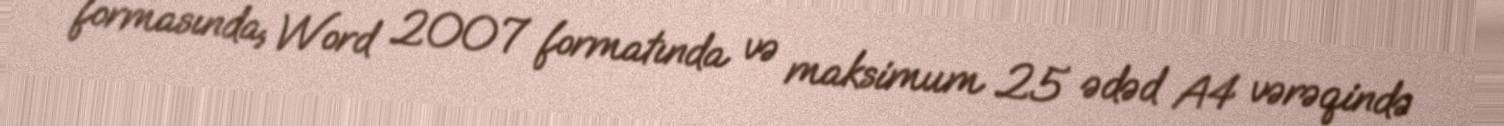
formasında, Word 2007 formatında və maksimum 25 ədəd A4 vərəqində